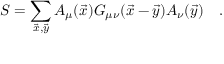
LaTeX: S = \sum _ { \vec { x } , \vec { y } } A _ { \mu } ( \vec { x } ) G _ { \mu \nu } ( \vec { x } - \vec { y } ) A _ { \nu } ( \vec { y } ) \quad .